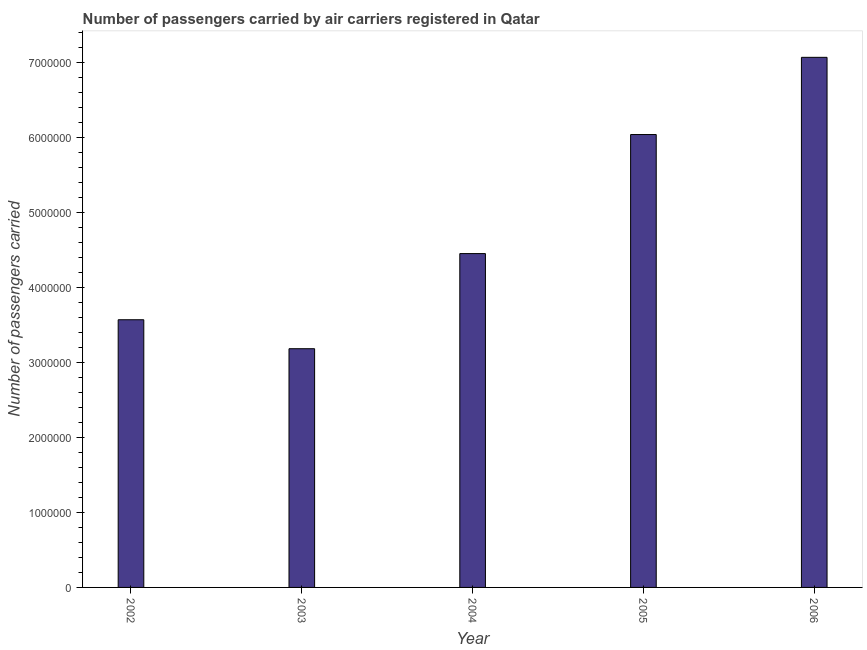
| Year | Air transport |
 | --- | --- |
 | 2002 | 3.57e+06 |
 | 2003 | 3.18e+06 |
 | 2004 | 4.45e+06 |
 | 2005 | 6.04e+06 |
 | 2006 | 7.07e+06 |